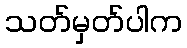
သတ်မှတ်ပါက